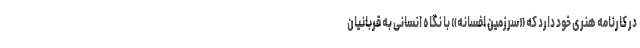
در کارنامه هنری خود دارد که «سرزمین افسانه» با نگاه انسانی به قربانیان